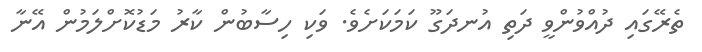
ތެރޭގައި ދުއްވުންވީ ދަތި އުނދަގޫ ކަމަކަށެވެ. ވަކި ހިސާބުން ކާރު މަޑުކޮށްލަމުން އޭނާ